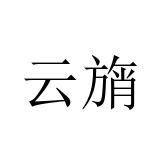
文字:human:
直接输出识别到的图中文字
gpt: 云旓